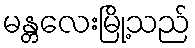
မန္တလေးမြို့သည်